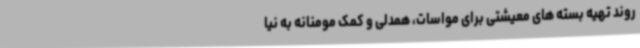
روند تهیه بسته های معیشتی برای مواسات، همدلی و کمک مومنانه به نیا